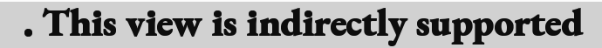
. This view is indirectly supported